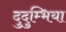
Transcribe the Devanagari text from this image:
दुदुम्भिया